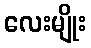
လေးမျိုး